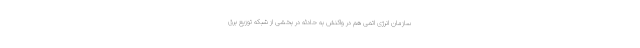
سازمان انرژی اتمی هم در واکنش به حادثه در بخشی از شبکه توزیع برق